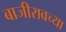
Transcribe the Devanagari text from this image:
बाजीरावच्या